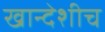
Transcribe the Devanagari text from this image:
खान्देशीच